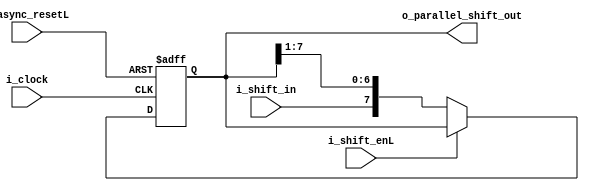
module right_shift_register #(
    parameter WIDTH=8
)(
    input                  i_clock,
    input                  i_async_resetL,
    input                  i_shift_enL,
    input                  i_shift_in,
    output reg [WIDTH-1:0] o_parallel_shift_out
);
    always @(posedge i_clock or negedge i_async_resetL) begin
        if (~i_async_resetL) o_parallel_shift_out <= 0;
        else if (~i_shift_enL) o_parallel_shift_out <= {i_shift_in, o_parallel_shift_out[WIDTH-1:1]};
    end
endmodule